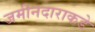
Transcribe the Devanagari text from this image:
जमीनदाराकडे